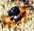
أنه